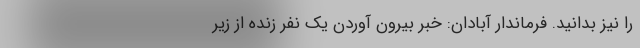
را نیز بدانید. فرماندار آبادان: خبر بیرون آوردن یک نفر زنده از زیر